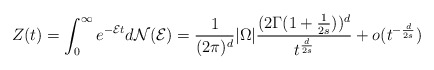
\begin{align*}Z(t)=\int_{0}^{\infty}e^{-\mathcal{E}t}d\mathcal{N}(\mathcal{E})=\frac{1}{(2\pi)^d}|\Omega|\frac{(2\Gamma(1+\frac{1}{2s}))^d}{t^{\frac{d}{2s}}}+o(t^{-\frac{d}{2s}})\end{align*}